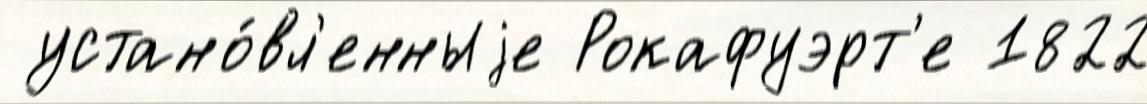
 устано́вл'енныjе Рокафуэрт'е 1822